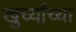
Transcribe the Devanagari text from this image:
खुर्च्यांच्या